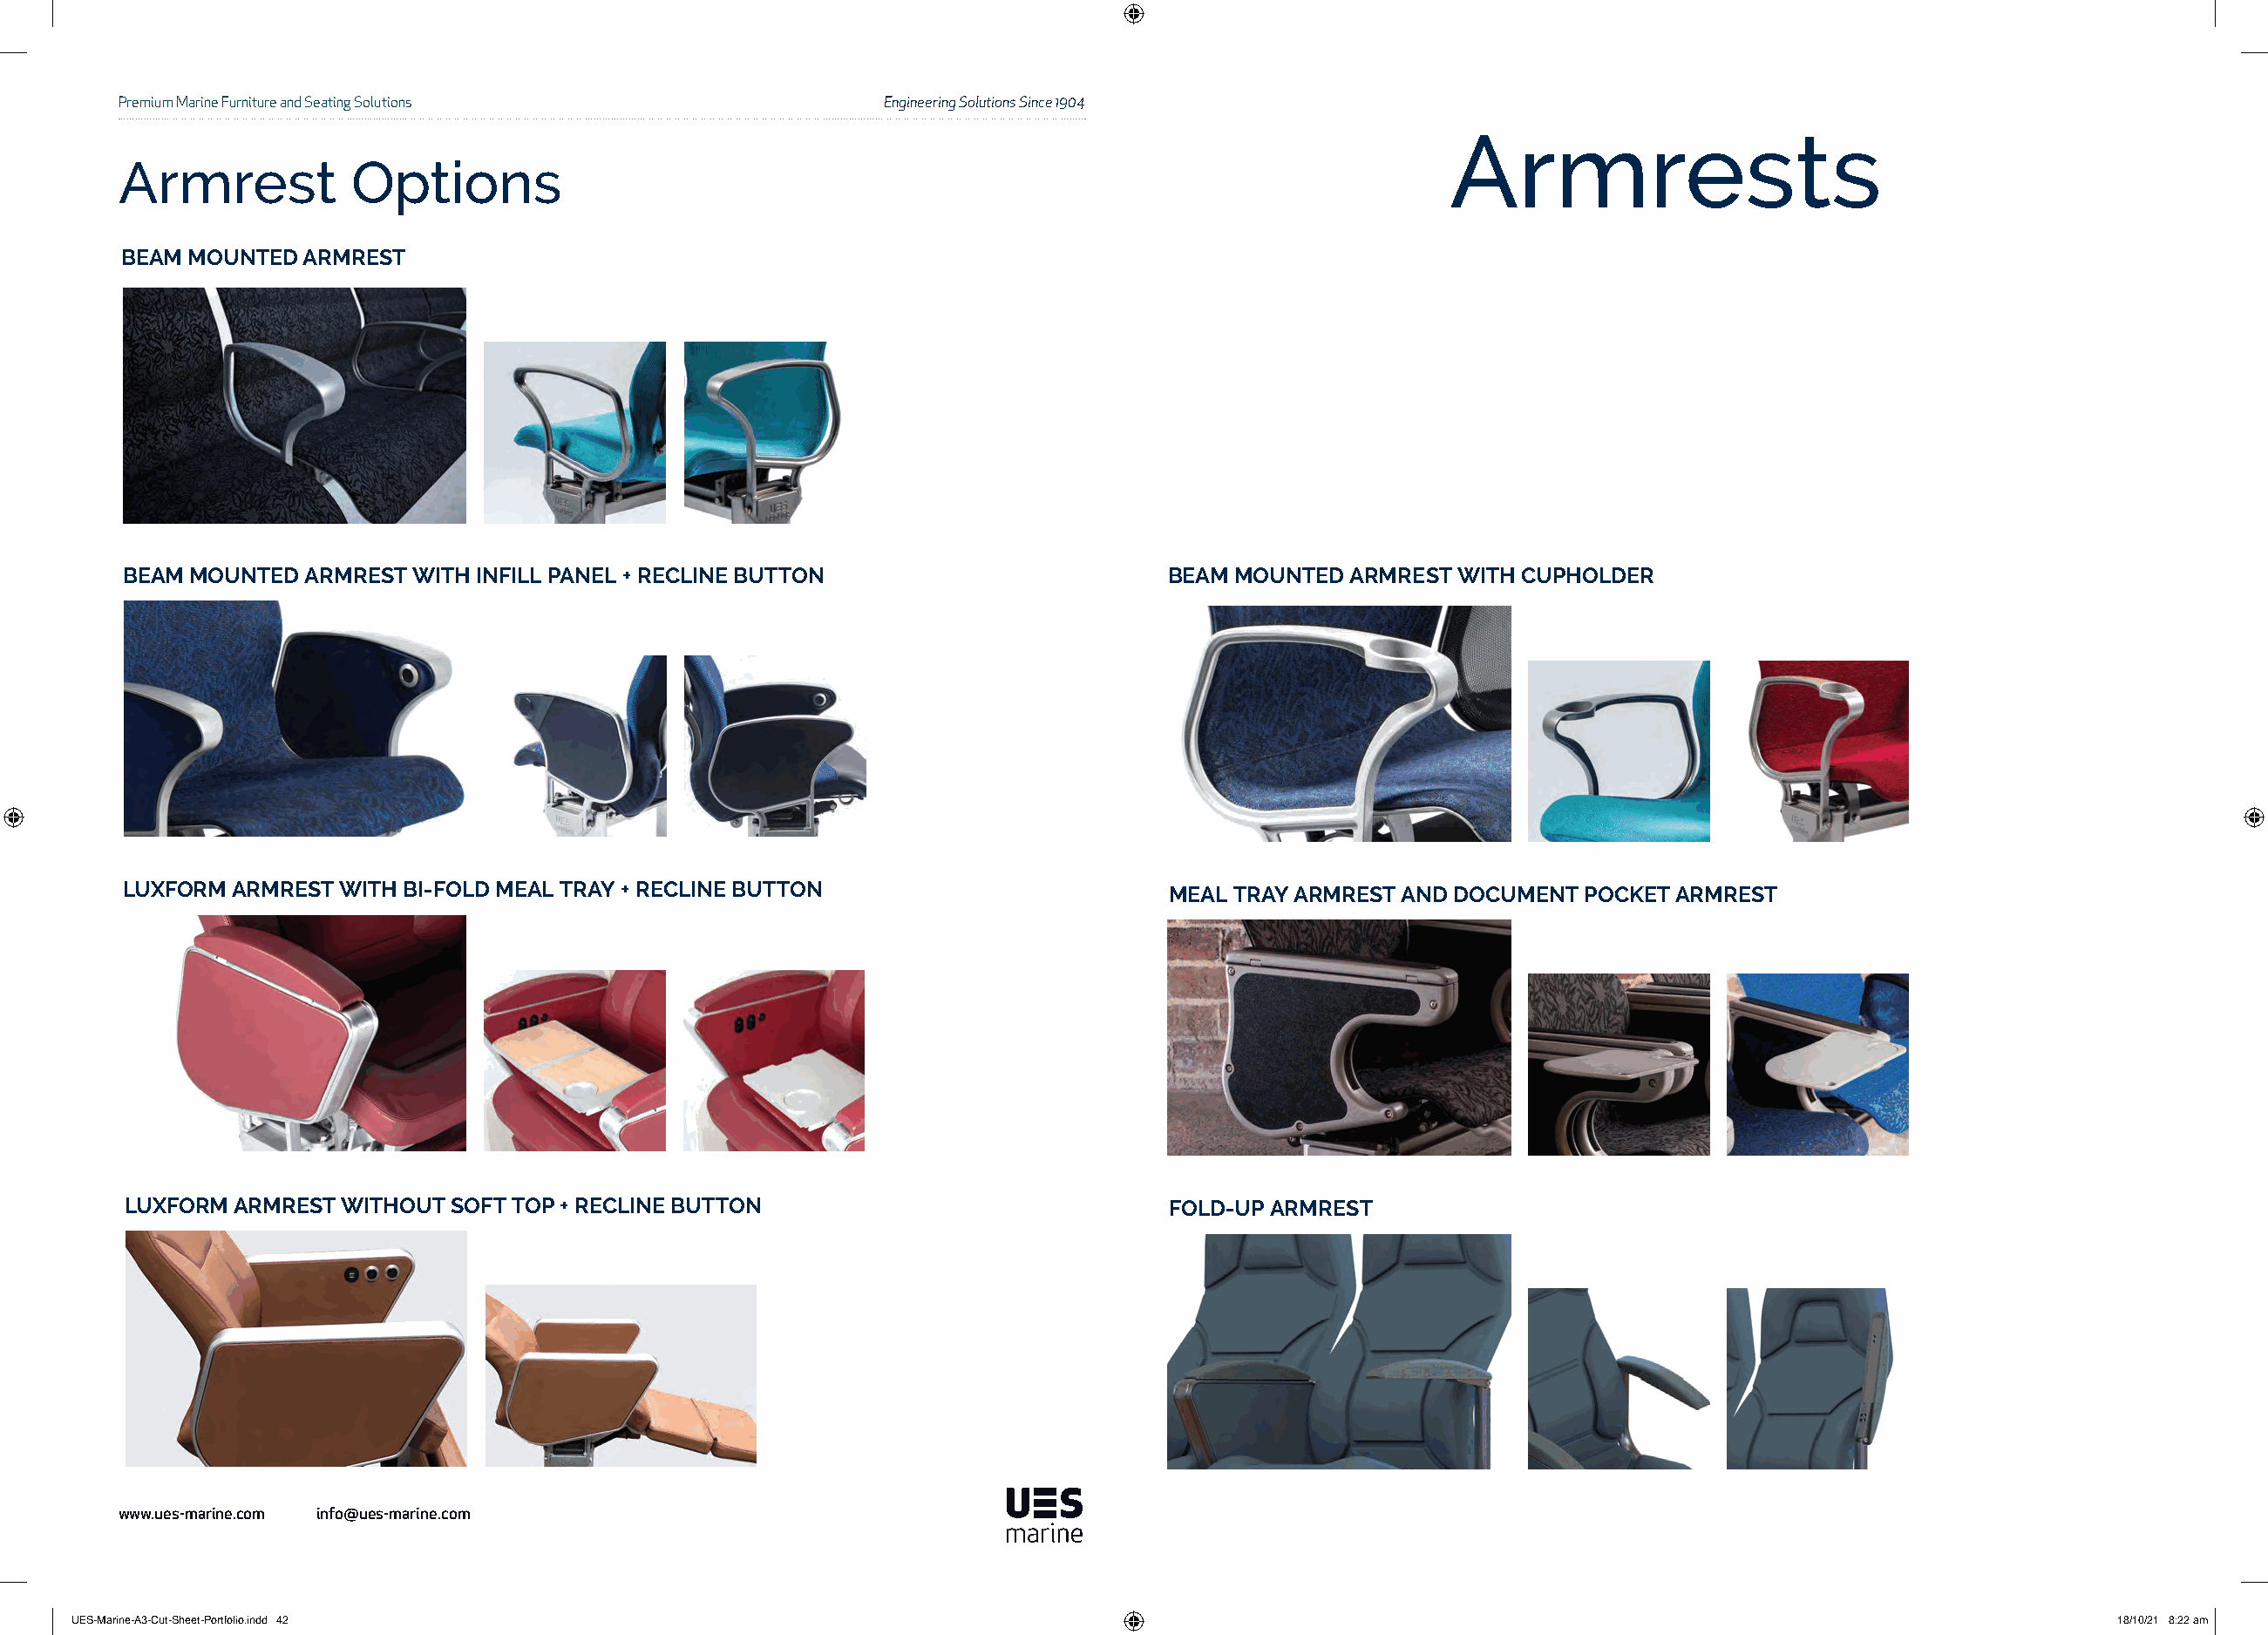
Premium Marine Furniture and Seating Solutions            Engineering Solutions Since 1904
 Armrests
 Armrest           Options
 BEAM MOUNTED  ARMREST
 BEAM MOUNTED  ARMREST WITH INFILL PANEL + RECLINE BUTTON                        BEAM MOUNTED  ARMREST WITH CUPHOLDER
 LUXFORM  ARMREST WITH BI-FOLD MEAL TRAY + RECLINE BUTTON                        MEAL TRAY ARMREST AND DOCUMENT POCKET ARMREST
 LUXFORM  ARMREST WITHOUT SOFT TOP + RECLINE BUTTON                              FOLD-UP ARMREST
 www.ues-marine.com info@ues-marine.com
 UUEESS--MMaarriinnee--AA33--CCuutt--SShheeeett--PPoorrttffoolliioo..iinndddd 4422                                                                           1188//1100//2211 88::2222 aamm